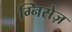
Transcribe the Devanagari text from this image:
ग्निसेज़